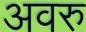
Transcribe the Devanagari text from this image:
अवरु